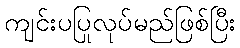
ကျင်းပပြုလုပ်မည်ဖြစ်ပြီး